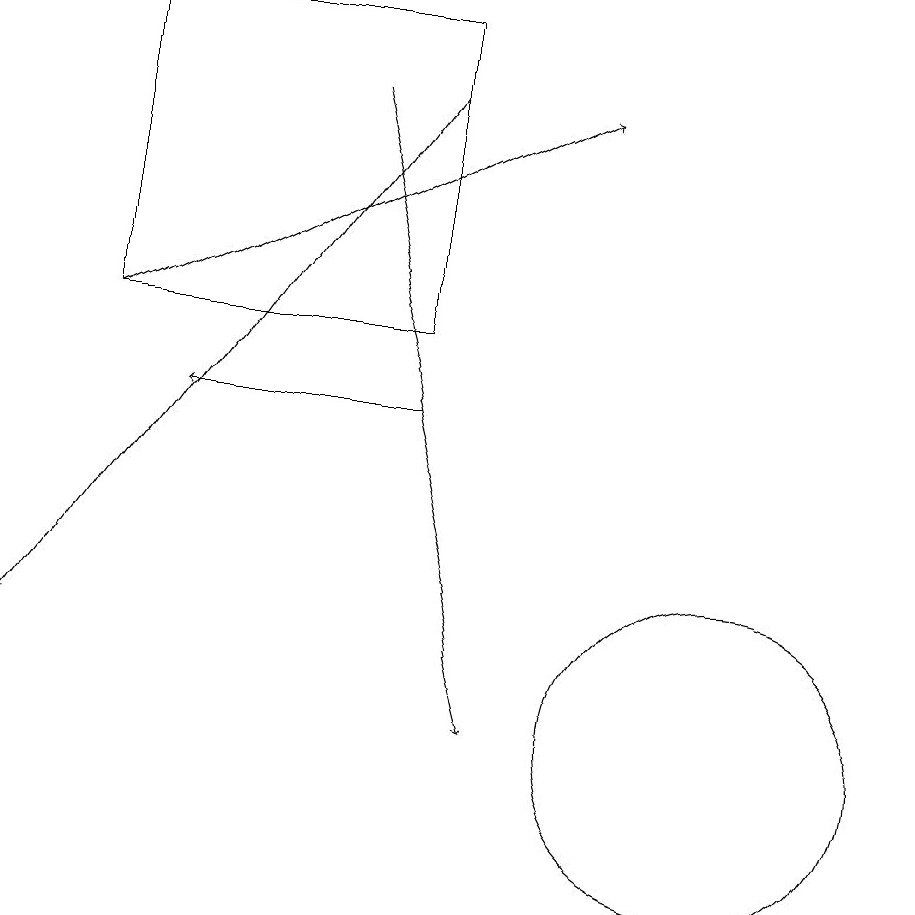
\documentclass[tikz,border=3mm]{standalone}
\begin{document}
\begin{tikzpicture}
\draw[->] (6,14) -- (3,14);
\draw[->] (2,15) -- (8,18);
\draw[->] (5,18) -- (7,10);
\draw[->] (6,18) -- (1,11);
\draw (10,10) circle (2);
\draw (2,19) rectangle (6,15);
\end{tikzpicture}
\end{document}